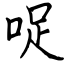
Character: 哫